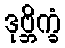
ဒုဗ္ဘိက္ခံ